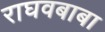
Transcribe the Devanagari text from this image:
राघवबाबा